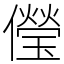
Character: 𠐓